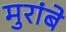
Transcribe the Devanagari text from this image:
मुरांबे